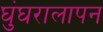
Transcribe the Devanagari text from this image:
घुंघरालापन